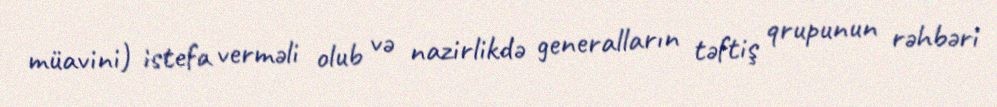
müavini) istefa verməli olub və nazirlikdə generalların təftiş qrupunun rəhbəri